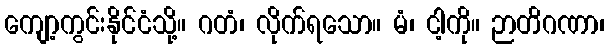
ကျော့ကွင်းနိုင်ငံသို့။ ဂတံ၊ လိုက်ရသော။ မံ၊ ငါ့ကို။ ဉာတိဂဏာ၊